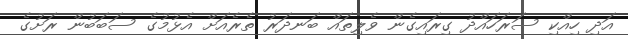
އަދި ހިއްކި ސަރަހައްދު ގިރައިގެން ވެލިތައް ބަނދަރު ތެރެއަށް އެޅުމުގެ ސަބަބުން ރަށުގެ